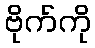
ဗိုက်ကို